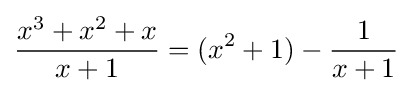
{\frac {x^{3}+x^{2}+x}{x+1}}=(x^{2}+1)-{\frac {1}{x+1}}